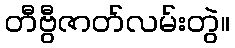
တီဗွီဇာတ်လမ်းတွဲ။